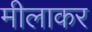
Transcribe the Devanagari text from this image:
मीलाकर